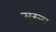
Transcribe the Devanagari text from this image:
सुरन्ग